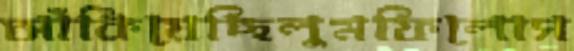
আঁকিয়েছিলুমফিলোস